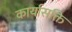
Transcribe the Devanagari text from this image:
कार्यासक्ति